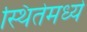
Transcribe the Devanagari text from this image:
स्थितेमध्ये